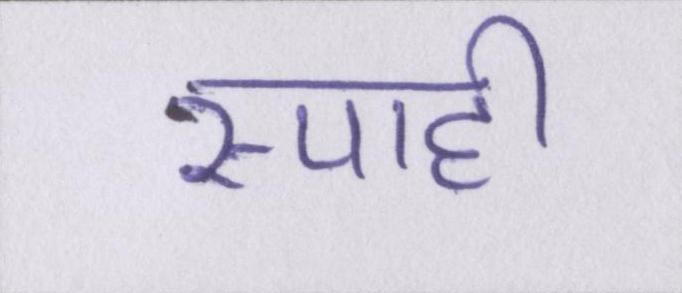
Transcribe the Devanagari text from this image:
स्याही